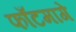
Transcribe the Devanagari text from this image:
फाँटमागे